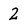
Character: 2